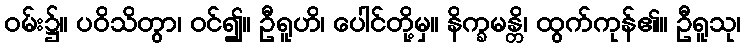
ဝမ်း၌။ ပဝိသိတွာ၊ ဝင်၍။ ဦရူဟိ၊ ပေါင်တို့မှ။ နိက္ခမန္တိ၊ ထွက်ကုန်၏။ ဦရူသု၊